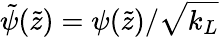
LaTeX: \tilde{\psi}(\tilde{z})=\psi(\tilde{z})/\sqrt{k_{L}}